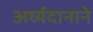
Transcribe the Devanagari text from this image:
अर्घ्यदानाने